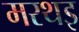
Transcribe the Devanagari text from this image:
मरथइ